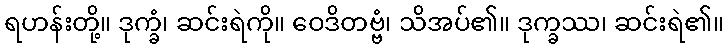
ရဟန်းတို့။ ဒုက္ခံ၊ ဆင်းရဲကို။ ဝေဒိတဗ္ဗံ၊ သိအပ်၏။ ဒုက္ခဿ၊ ဆင်းရဲ၏။